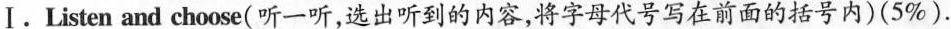
Ⅰ. Listen and choose( 听一听,选出听到的内容,将字母代号写在前面的括号内)(5%).